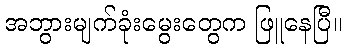
အဘွားမျက်ခုံးမွေးတွေက ဖြူနေပြီ။